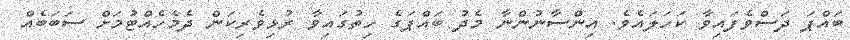
ބައްޕަ ދަސްވެފައިވާ ކަހަލައެވެ. އިންސާނުންނާ މެދު ބައްޕަގެ ހިތުގައިވާ ރުޅިވެރިކަން ދެމެހެއްޓުމަށް ސަބަބެއް